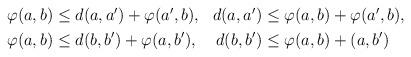
LaTeX: \begin{align*}\begin{aligned}\varphi(a, b) &\leq d(a, a') + \varphi(a', b), & d(a, a') &\leq \varphi(a, b) + \varphi(a', b), \\\varphi(a, b) &\leq d(b, b') + \varphi(a, b'), &d(b, b') &\leq \varphi(a, b) + (a, b')\end{aligned}\end{align*}